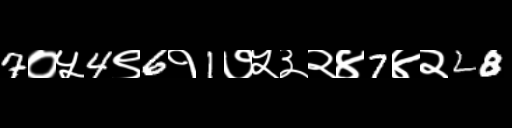
Text: 7०५4९6१1७५३२४7४२28